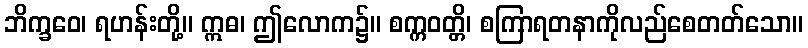
ဘိက္ခဝေ၊ ရဟန်းတို့။ ဣဓ၊ ဤလောက၌။ စက္ကဝတ္တိ၊ စကြာရတနာကိုလည်စေတတ်သော။